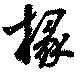
椽